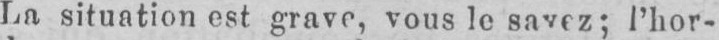
l’hor-